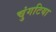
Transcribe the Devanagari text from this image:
चुंगटिया